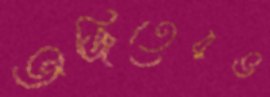
অজিতেরভ